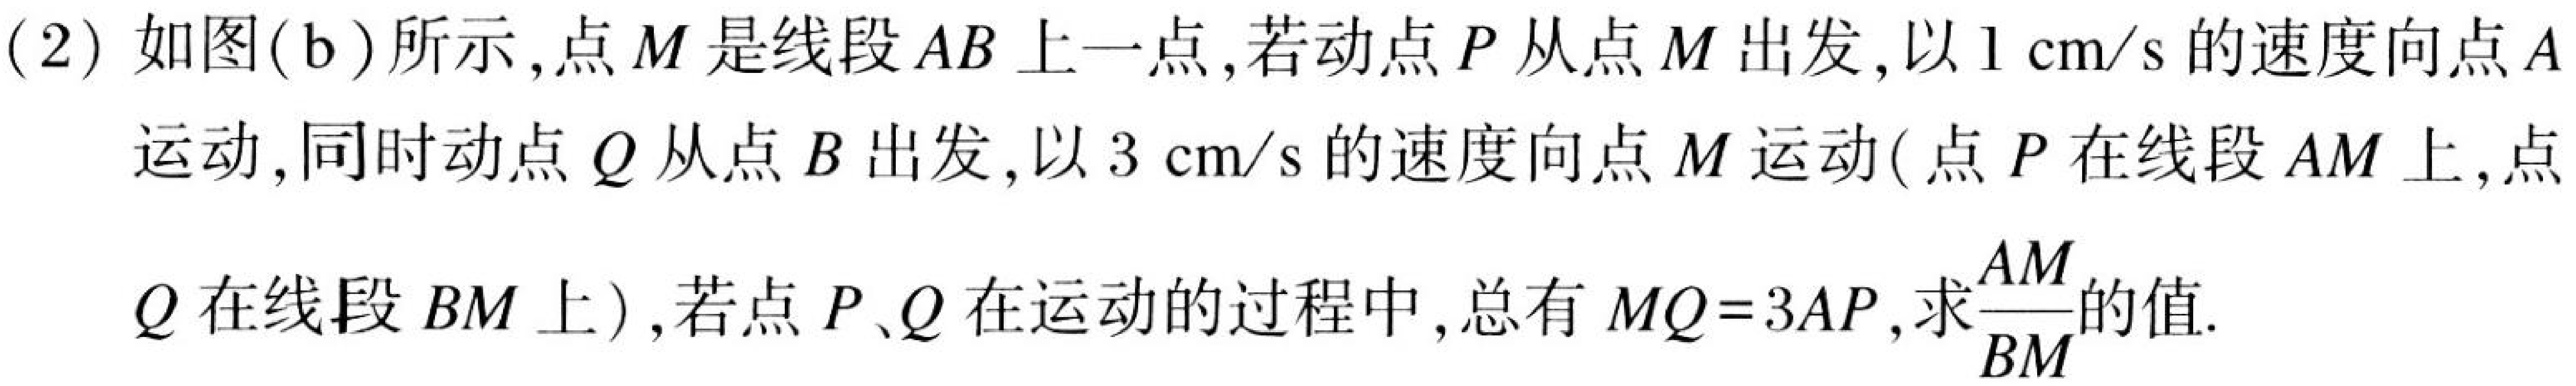
(2) 如图(b)所示,点\(M\)是线段\(AB\)上一点,若动点\(P\)从点\(M\)出发,以\(1\mathrm{cm/s}\)的速度向点\(A\)运动,同时动点\(Q\)从点\(B\)出发,以\(3\mathrm{cm/s}\)的速度向点\(M\)运动(点\(P\)在线段\(AM\)上,点\(Q\)在线段\(BM\)上),若点\(P、Q\)在运动的过程中,总有\(MQ = 3AP\),求\(\frac{AM}{BM}\)的值.